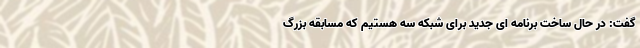
گفت: در حال ساخت برنامه ای جدید برای شبکه سه هستیم که مسابقه بزرگ